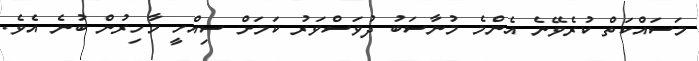
މަސައްކަތް ކުރެވޭނެ އެންމެ މުނާސަބު ދުވަސްވަރު ކަމަށް ސިއްހީީ މާހިރުން ބުނެ އެވެ.